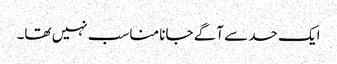
ایک حد سے آگے جانا مناسب نہیں تھا۔